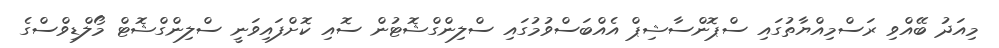
މިއަދު ބޭއްވި ރަސްމިއްޔާތުގައި ސްޕޮންސާޝިޕް އެއްބަސްވުމުގައި ސްލިންގްޝޮޓުން ސޮއި ކޮށްފައިވަނީ ސްލިންގްޝޮޓް މޯލްޑިވްސްގެ